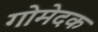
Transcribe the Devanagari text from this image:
गोमेदक